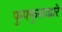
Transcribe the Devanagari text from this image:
फुफ्फुसाद्वारे